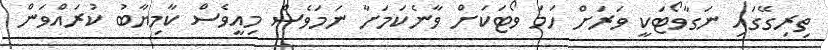
ތިރިގޭގައި ނަގާވޯޓަކީ ވަރަށް ހަމަ ވޯޓަކަށް ވާނެކަމަށާ ނަމަވެސް މިއީވެސް ކާމިޔާބު ކުރައްވަން